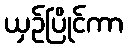
ယှဉ်ပြိုင်ကာ